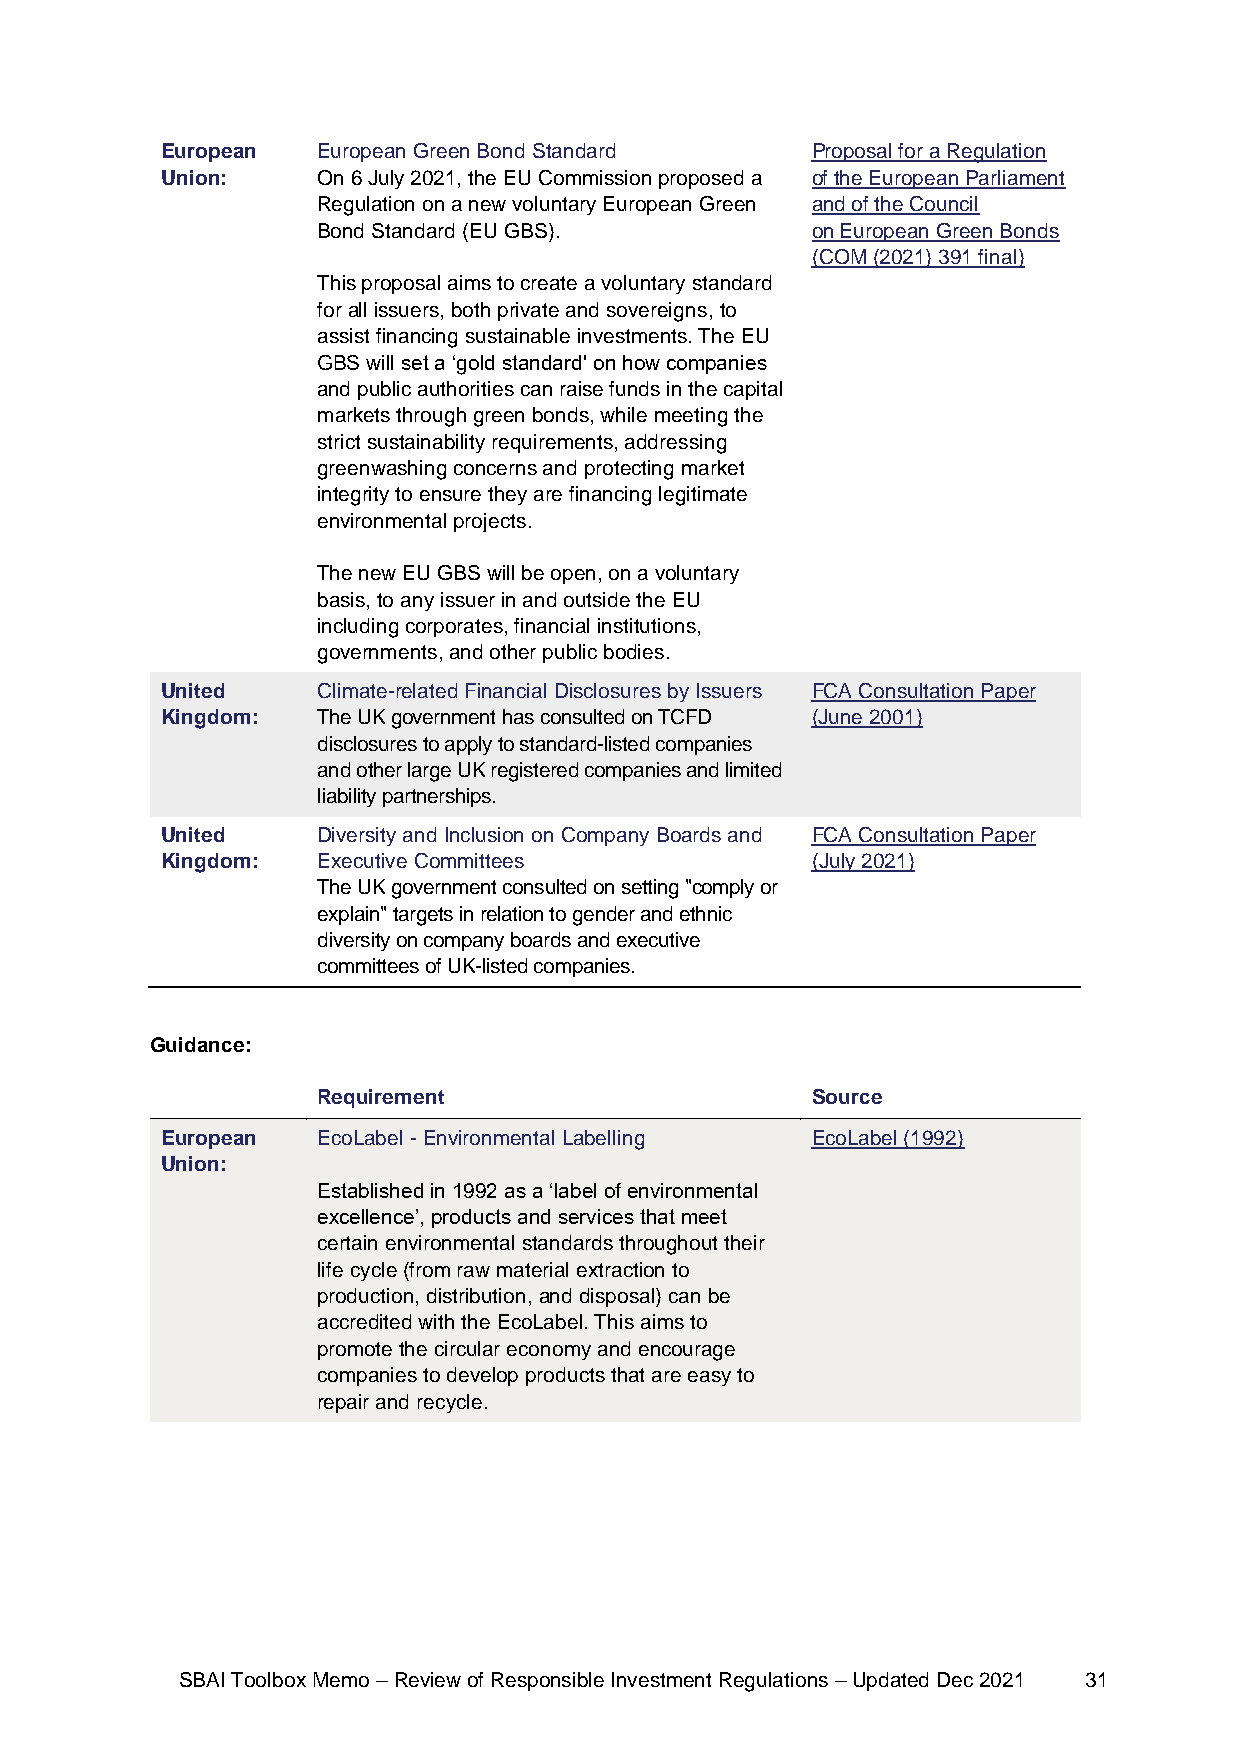
European  European Green Bond Standard     Proposal for a Regulation
 Union:    On 6 July 2021, the EU Commission proposed a of the European Parliament
 Regulation on a new voluntary European Green and of the Council
 Bond Standard (EU GBS).          on European Green Bonds
 (COM (2021) 391 final)
 This proposal aims to create a voluntary standard
 for all issuers, both private and sovereigns, to
 assist financing sustainable investments. The EU
 GBS will set a ‘gold standard' on how companies
 and public authorities can raise funds in the capital
 markets through green bonds, while meeting the
 strict sustainability requirements, addressing
 greenwashing concerns and protecting market
 integrity to ensure they are financing legitimate
 environmental projects.
 The new EU GBS will be open, on a voluntary
 basis, to any issuer in and outside the EU
 including corporates, financial institutions,
 governments, and other public bodies.
 United    Climate-related Financial Disclosures by Issuers FCA Consultation Paper
 Kingdom:  The UK government has consulted on TCFD (June 2001)
 disclosures to apply to standard-listed companies
 and other large UK registered companies and limited
 liability partnerships.
 United    Diversity and Inclusion on Company Boards and FCA Consultation Paper
 Kingdom:  Executive Committees             (July 2021)
 The UK government consulted on setting "comply or
 explain" targets in relation to gender and ethnic
 diversity on company boards and executive
 committees of UK-listed companies.
 Guidance:
 Requirement                      Source
 European  EcoLabel - Environmental Labelling EcoLabel (1992)
 Union:
 Established in 1992 as a ‘label of environmental
 excellence’, products and services that meet
 certain environmental standards throughout their
 life cycle (from raw material extraction to
 production, distribution, and disposal) can be
 accredited with the EcoLabel. This aims to
 promote the circular economy and encourage
 companies to develop products that are easy to
 repair and recycle.
 SBAI Toolbox Memo – Review of Responsible Investment Regulations – Updated Dec 2021 31